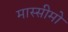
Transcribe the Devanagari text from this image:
मास्सीमो